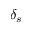
\delta _ { s }